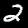
Label: 2